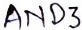
Text: AND3